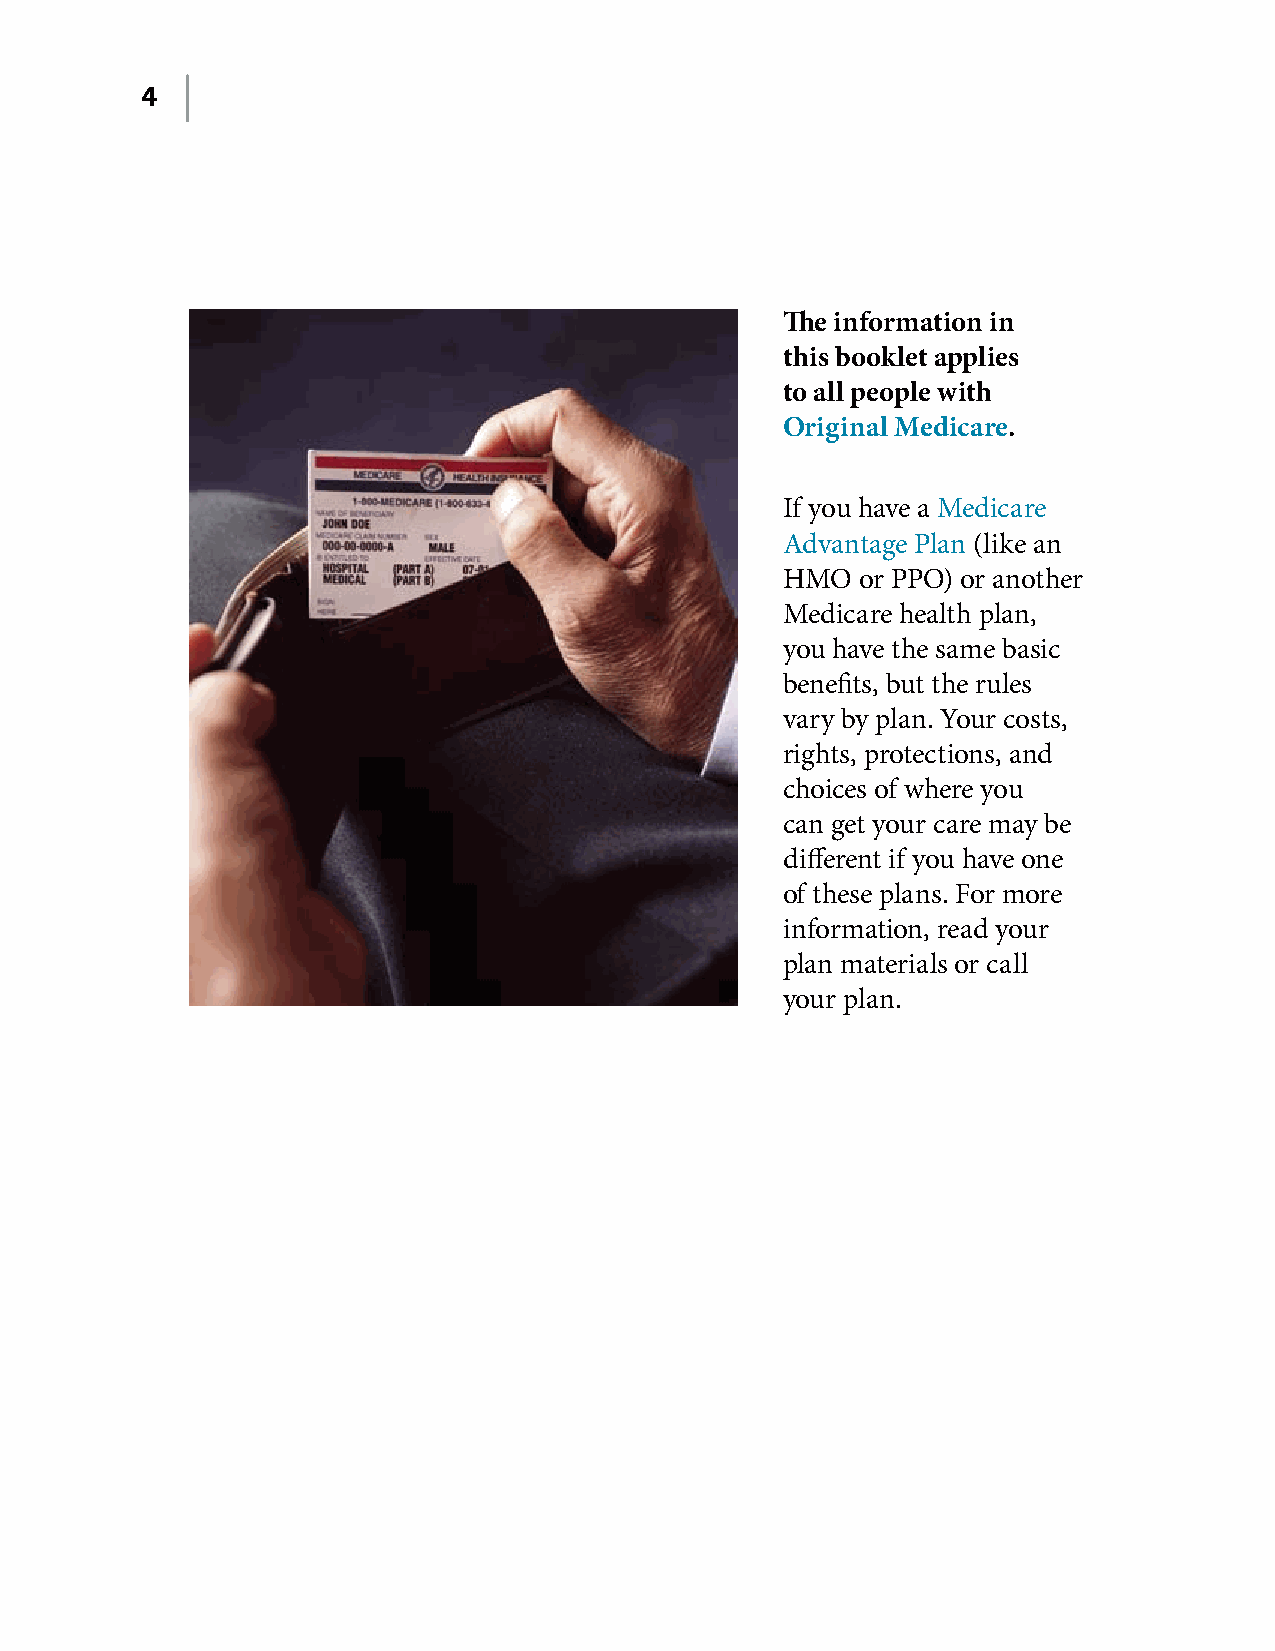
4
 The information in
 this booklet applies
 to all people with
 Original Medicare.
 If you have a Medicare
 Advantage Plan (like an
 HMO  or PPO) or another
 Medicare health plan,
 you have the same basic
 benefits, but the rules
 vary by plan� Your costs,
 rights, protections, and
 choices of where you
 can get your care may be
 different if you have one
 of these plans� For more
 information, read your
 plan materials or call
 your plan�